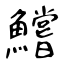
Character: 鱨